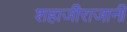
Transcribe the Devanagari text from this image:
शहाजीराजानी